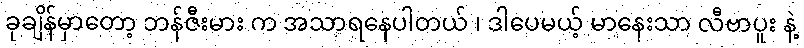
ခုချိန်မှာတော့ ဘန်ဇီးမား က အသာရနေပါတယ် ၊ ဒါပေမယ့် မာနေးသာ လီဗာပူး နဲ့